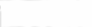
١٥